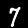
Digit: 7